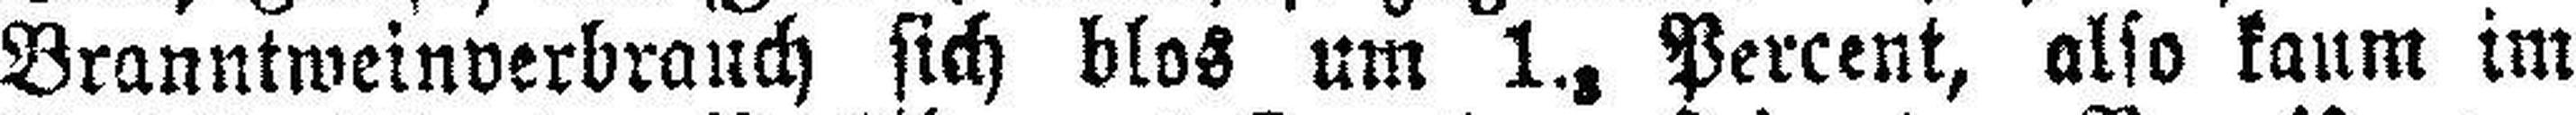
Branntweinverbrauch sich blos um 1.8 Percent, also kaum im